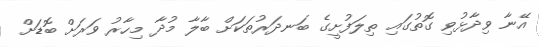
އޭނާ ވިދާޅުވި ގޮތުގައި ތިލަފުށީގެ ބަނދަރުތަކަށް ބާލާ މުދާ މިހާރު ވަރަށް ބޮޑަށް